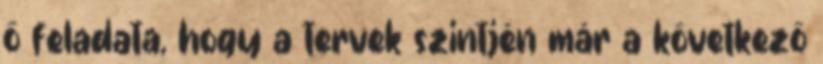
ő feladata, hogy a tervek szintjén már a következő